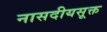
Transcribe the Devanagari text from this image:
नासदीयसूक्त